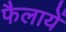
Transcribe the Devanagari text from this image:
फैलायें